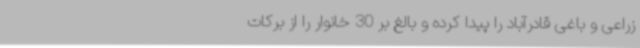
زراعی و باغی قادرآباد را پیدا کرده و بالغ بر 30 خانوار را از برکات